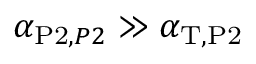
\alpha _ { \mathrm { P 2 } , \mathrm { } P 2 } \gg \alpha _ { \mathrm { T } , \mathrm { P 2 } }